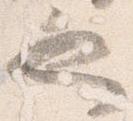
也